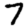
Digit: 7